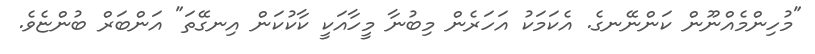
"މުހިންމެއްނޫން ކަންނޭނގެ. އެކަމަކު އަހަރެން މިބުނާ މީހާއަކީ ކާކުކަން އިނގޭތަ" އަންބަރް ބުންޏެވެ.